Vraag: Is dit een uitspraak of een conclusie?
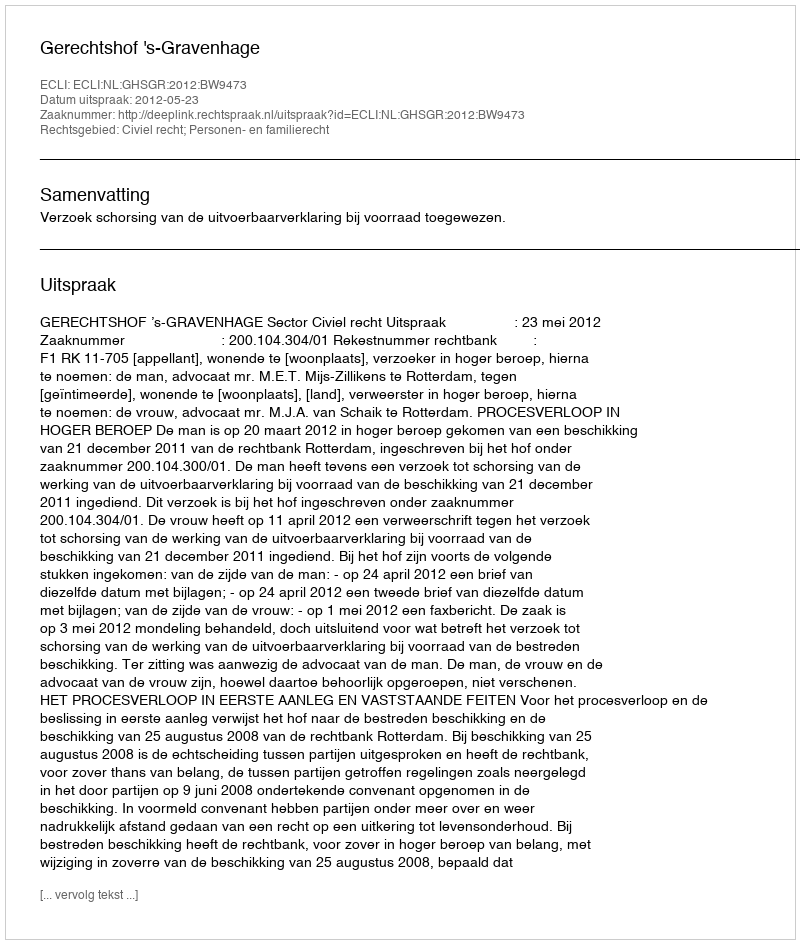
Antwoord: Uitspraak